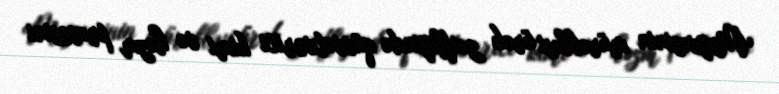
Meyvəsinin mürəbbəsi ürək zəifliyində qüvvətverici kimi və həzm prosesini